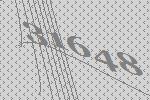
31648